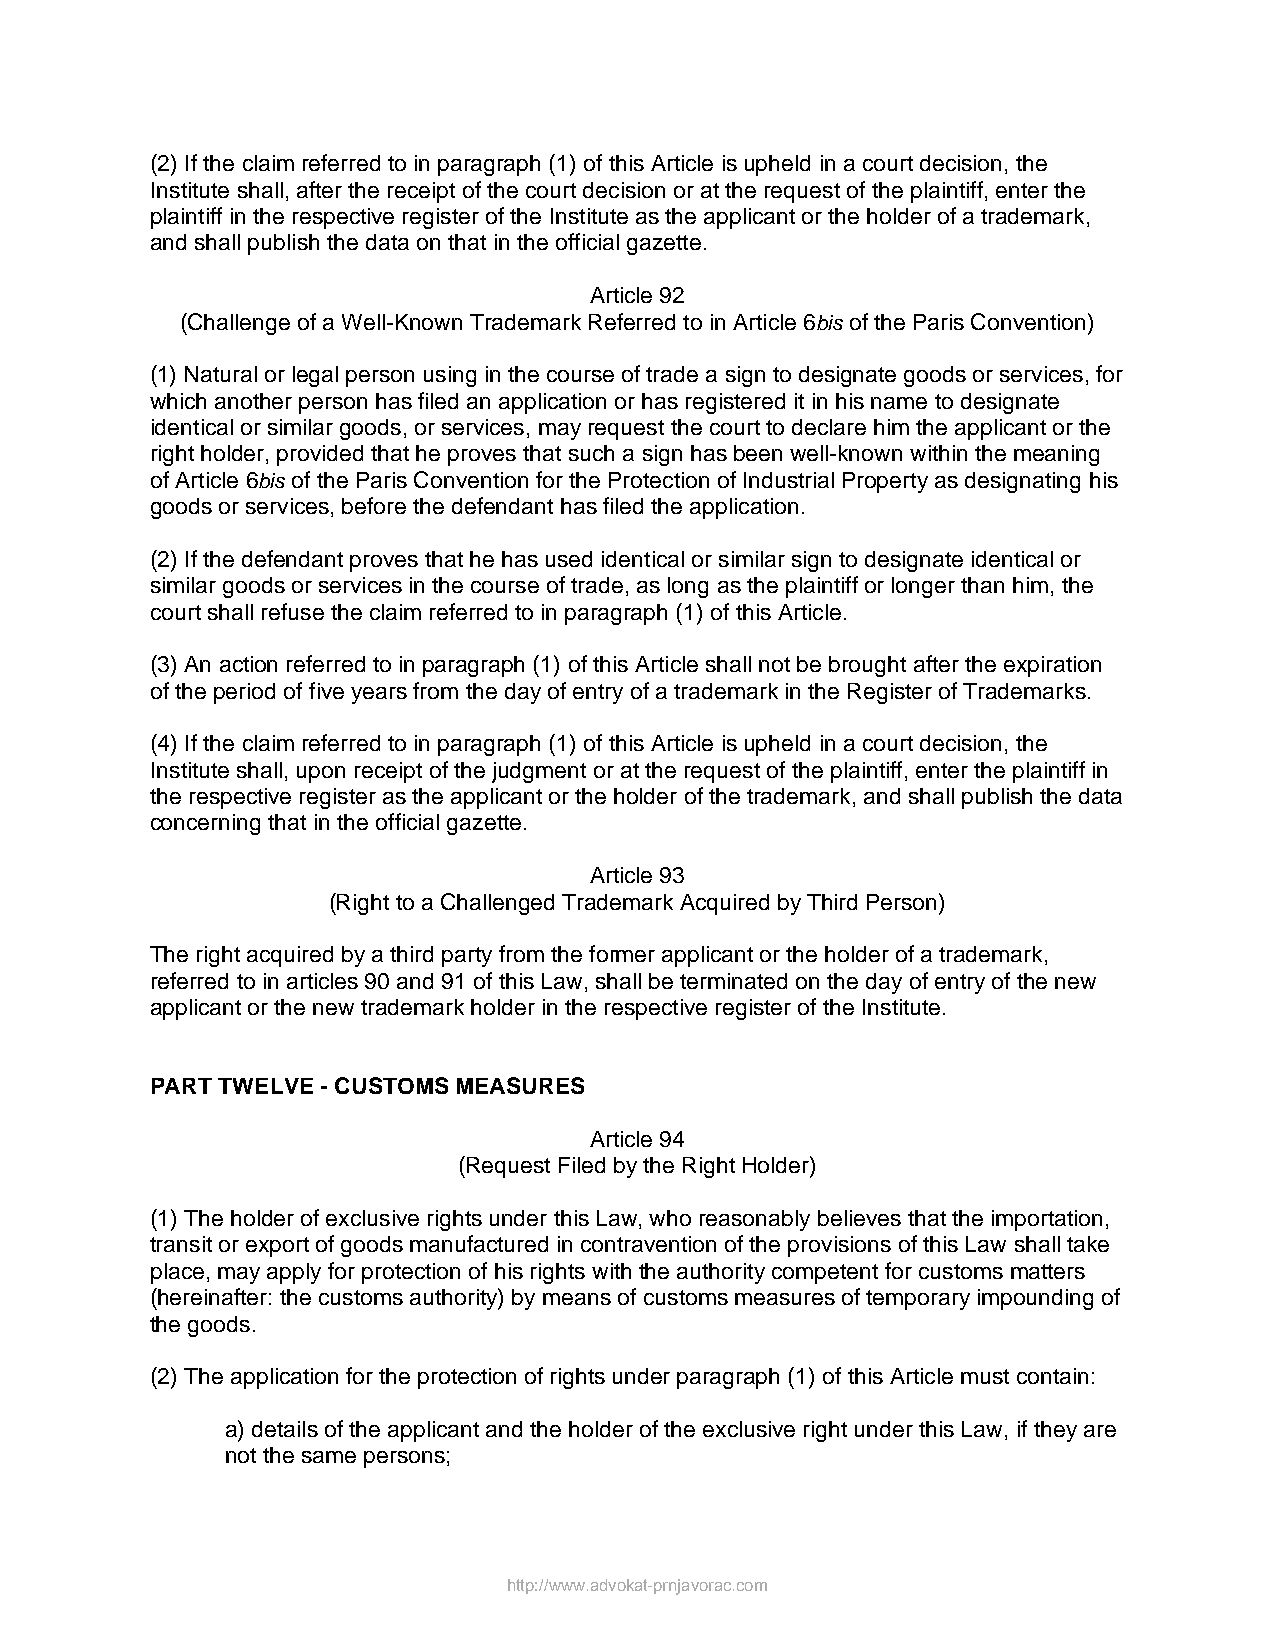
(2) If the claim referred to in paragraph (1) of this Article is upheld in a court decision, the
 Institute shall, after the receipt of the court decision or at the request of the plaintiff, enter the
 plaintiff in the respective register of the Institute as the applicant or the holder of a trademark,
 and shall publish the data on that in the official gazette.
 Article 92
 (Challenge of a Well-Known Trademark Referred to in Article 6bis of the Paris Convention)
 (1) Natural or legal person using in the course of trade a sign to designate goods or services, for
 which another person has filed an application or has registered it in his name to designate
 identical or similar goods, or services, may request the court to declare him the applicant or the
 right holder, provided that he proves that such a sign has been well-known within the meaning
 of Article 6bis of the Paris Convention for the Protection of Industrial Property as designating his
 goods or services, before the defendant has filed the application.
 (2) If the defendant proves that he has used identical or similar sign to designate identical or
 similar goods or services in the course of trade, as long as the plaintiff or longer than him, the
 court shall refuse the claim referred to in paragraph (1) of this Article.
 (3) An action referred to in paragraph (1) of this Article shall not be brought after the expiration
 of the period of five years from the day of entry of a trademark in the Register of Trademarks.
 (4) If the claim referred to in paragraph (1) of this Article is upheld in a court decision, the
 Institute shall, upon receipt of the judgment or at the request of the plaintiff, enter the plaintiff in
 the respective register as the applicant or the holder of the trademark, and shall publish the data
 concerning that in the official gazette.
 Article 93
 (Right to a Challenged Trademark Acquired by Third Person)
 The right acquired by a third party from the former applicant or the holder of a trademark,
 referred to in articles 90 and 91 of this Law, shall be terminated on the day of entry of the new
 applicant or the new trademark holder in the respective register of the Institute.
 PART TWELVE - CUSTOMS MEASURES
 Article 94
 (Request Filed by the Right Holder)
 (1) The holder of exclusive rights under this Law, who reasonably believes that the importation,
 transit or export of goods manufactured in contravention of the provisions of this Law shall take
 place, may apply for protection of his rights with the authority competent for customs matters
 (hereinafter: the customs authority) by means of customs measures of temporary impounding of
 the goods.
 (2) The application for the protection of rights under paragraph (1) of this Article must contain:
 a) details of the applicant and the holder of the exclusive right under this Law, if they are
 not the same persons;
 http://www.advokat-prnjavorac.com